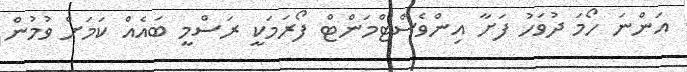
އަންނަ ހޯމަ ދުވަހު ފަށާ އިންވެސްޓްމަންޓް ފޯރަމަކީ ރަސްމީ ބައެއް ކަމަށް ވުމުން